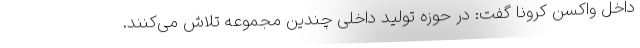
داخل واکسن کرونا گفت: در حوزه تولید داخلی چندین مجموعه تلاش می‌کنند.